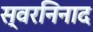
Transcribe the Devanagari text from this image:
स्वरनिनाद